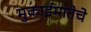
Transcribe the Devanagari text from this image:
मुकाईमातेचे